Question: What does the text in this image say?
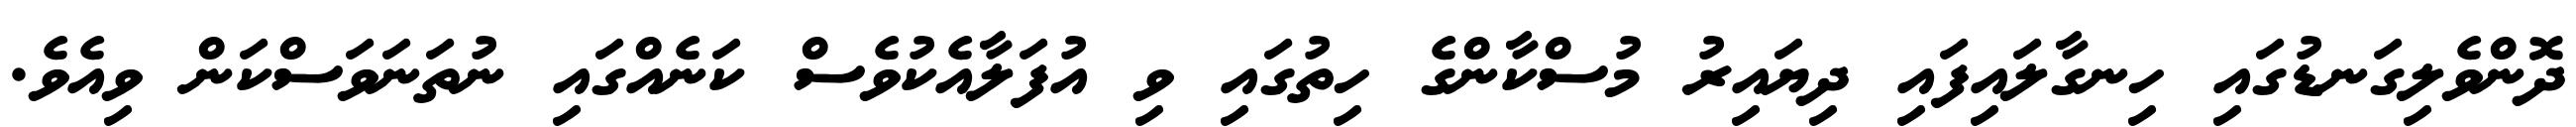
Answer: ދޮންވެލިގަނޑުގައި ހިނގާލައިފައި ދިޔައިރު މުސްކާންގެ ހިތުގައި ވި އުފަލާއެކުވެސް ކަނެއްގައި ނުތަނަވަސްކަން ވިއެވެ.